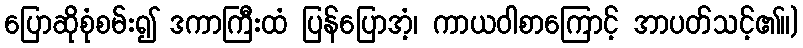
ပြောဆိုစုံစမ်း၍ ဒကာကြီးထံ ပြန်ပြောအံ့၊ ကာယဝါစာကြောင့် အာပတ်သင့်၏။)